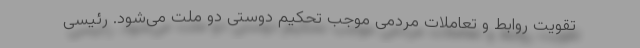
تقویت روابط و تعاملات مردمی موجب تحکیم دوستی دو ملت می‌شود. رئیسی